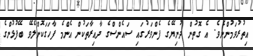
އިތުރުވަމުންނެވެ. އެ ގޮތުން ދުނިޔޭގެ ފެންވަރުގައި ސައެންސްގެ ދާއިރާތަކުން އެންމެ ފާހަގަކޮށްލެވޭ ބޭފުޅުންގެ